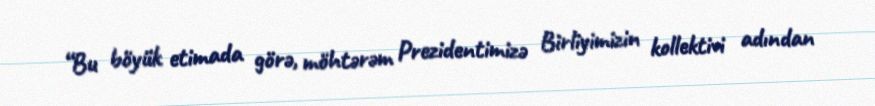
“Bu böyük etimada görə, möhtərəm Prezidentimizə Birliyimizin kollektivi adından